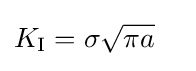
{\begin{aligned}K_{\rm {I}}&=\sigma {\sqrt {\pi a}}\end{aligned}}